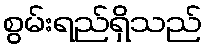
စွမ်းရည်ရှိသည်